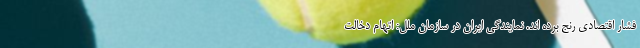
فشار اقتصادی رنج برده اند. نمایندگی ایران در سازمان ملل: اتهام دخالت